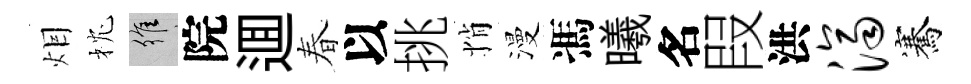
𤇆枕維院逥春以挑悄漫馮曦名叚洪济騫